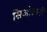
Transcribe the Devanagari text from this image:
सिओग्रानी